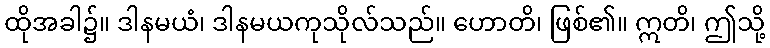
ထိုအခါ၌။ ဒါနမယံ၊ ဒါနမယကုသိုလ်သည်။ ဟောတိ၊ ဖြစ်၏။ ဣတိ၊ ဤသို့